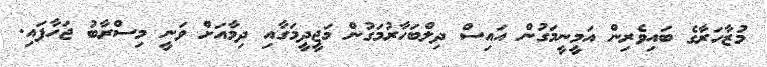
މުޒާހަރާގެ ބައިވެރިން އަމީނީމަގުން އައިސް ދިލްބަހާރުމަގުން މަޖީދީމަގާއި ދިމާއަށް ވަނީ މިސްރާބު ޖަހާފައި.